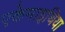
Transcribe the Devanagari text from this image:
एकेमाइथिया